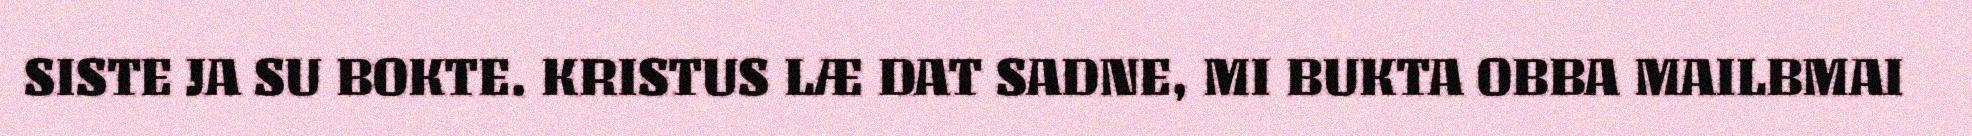
SISTE JA SU BOKTE. KRISTUS LÆ DAT SADNE, MI BUKTA OBBA MAILBMAI